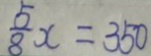
\frac { 5 } { 8 } x = 3 5 0